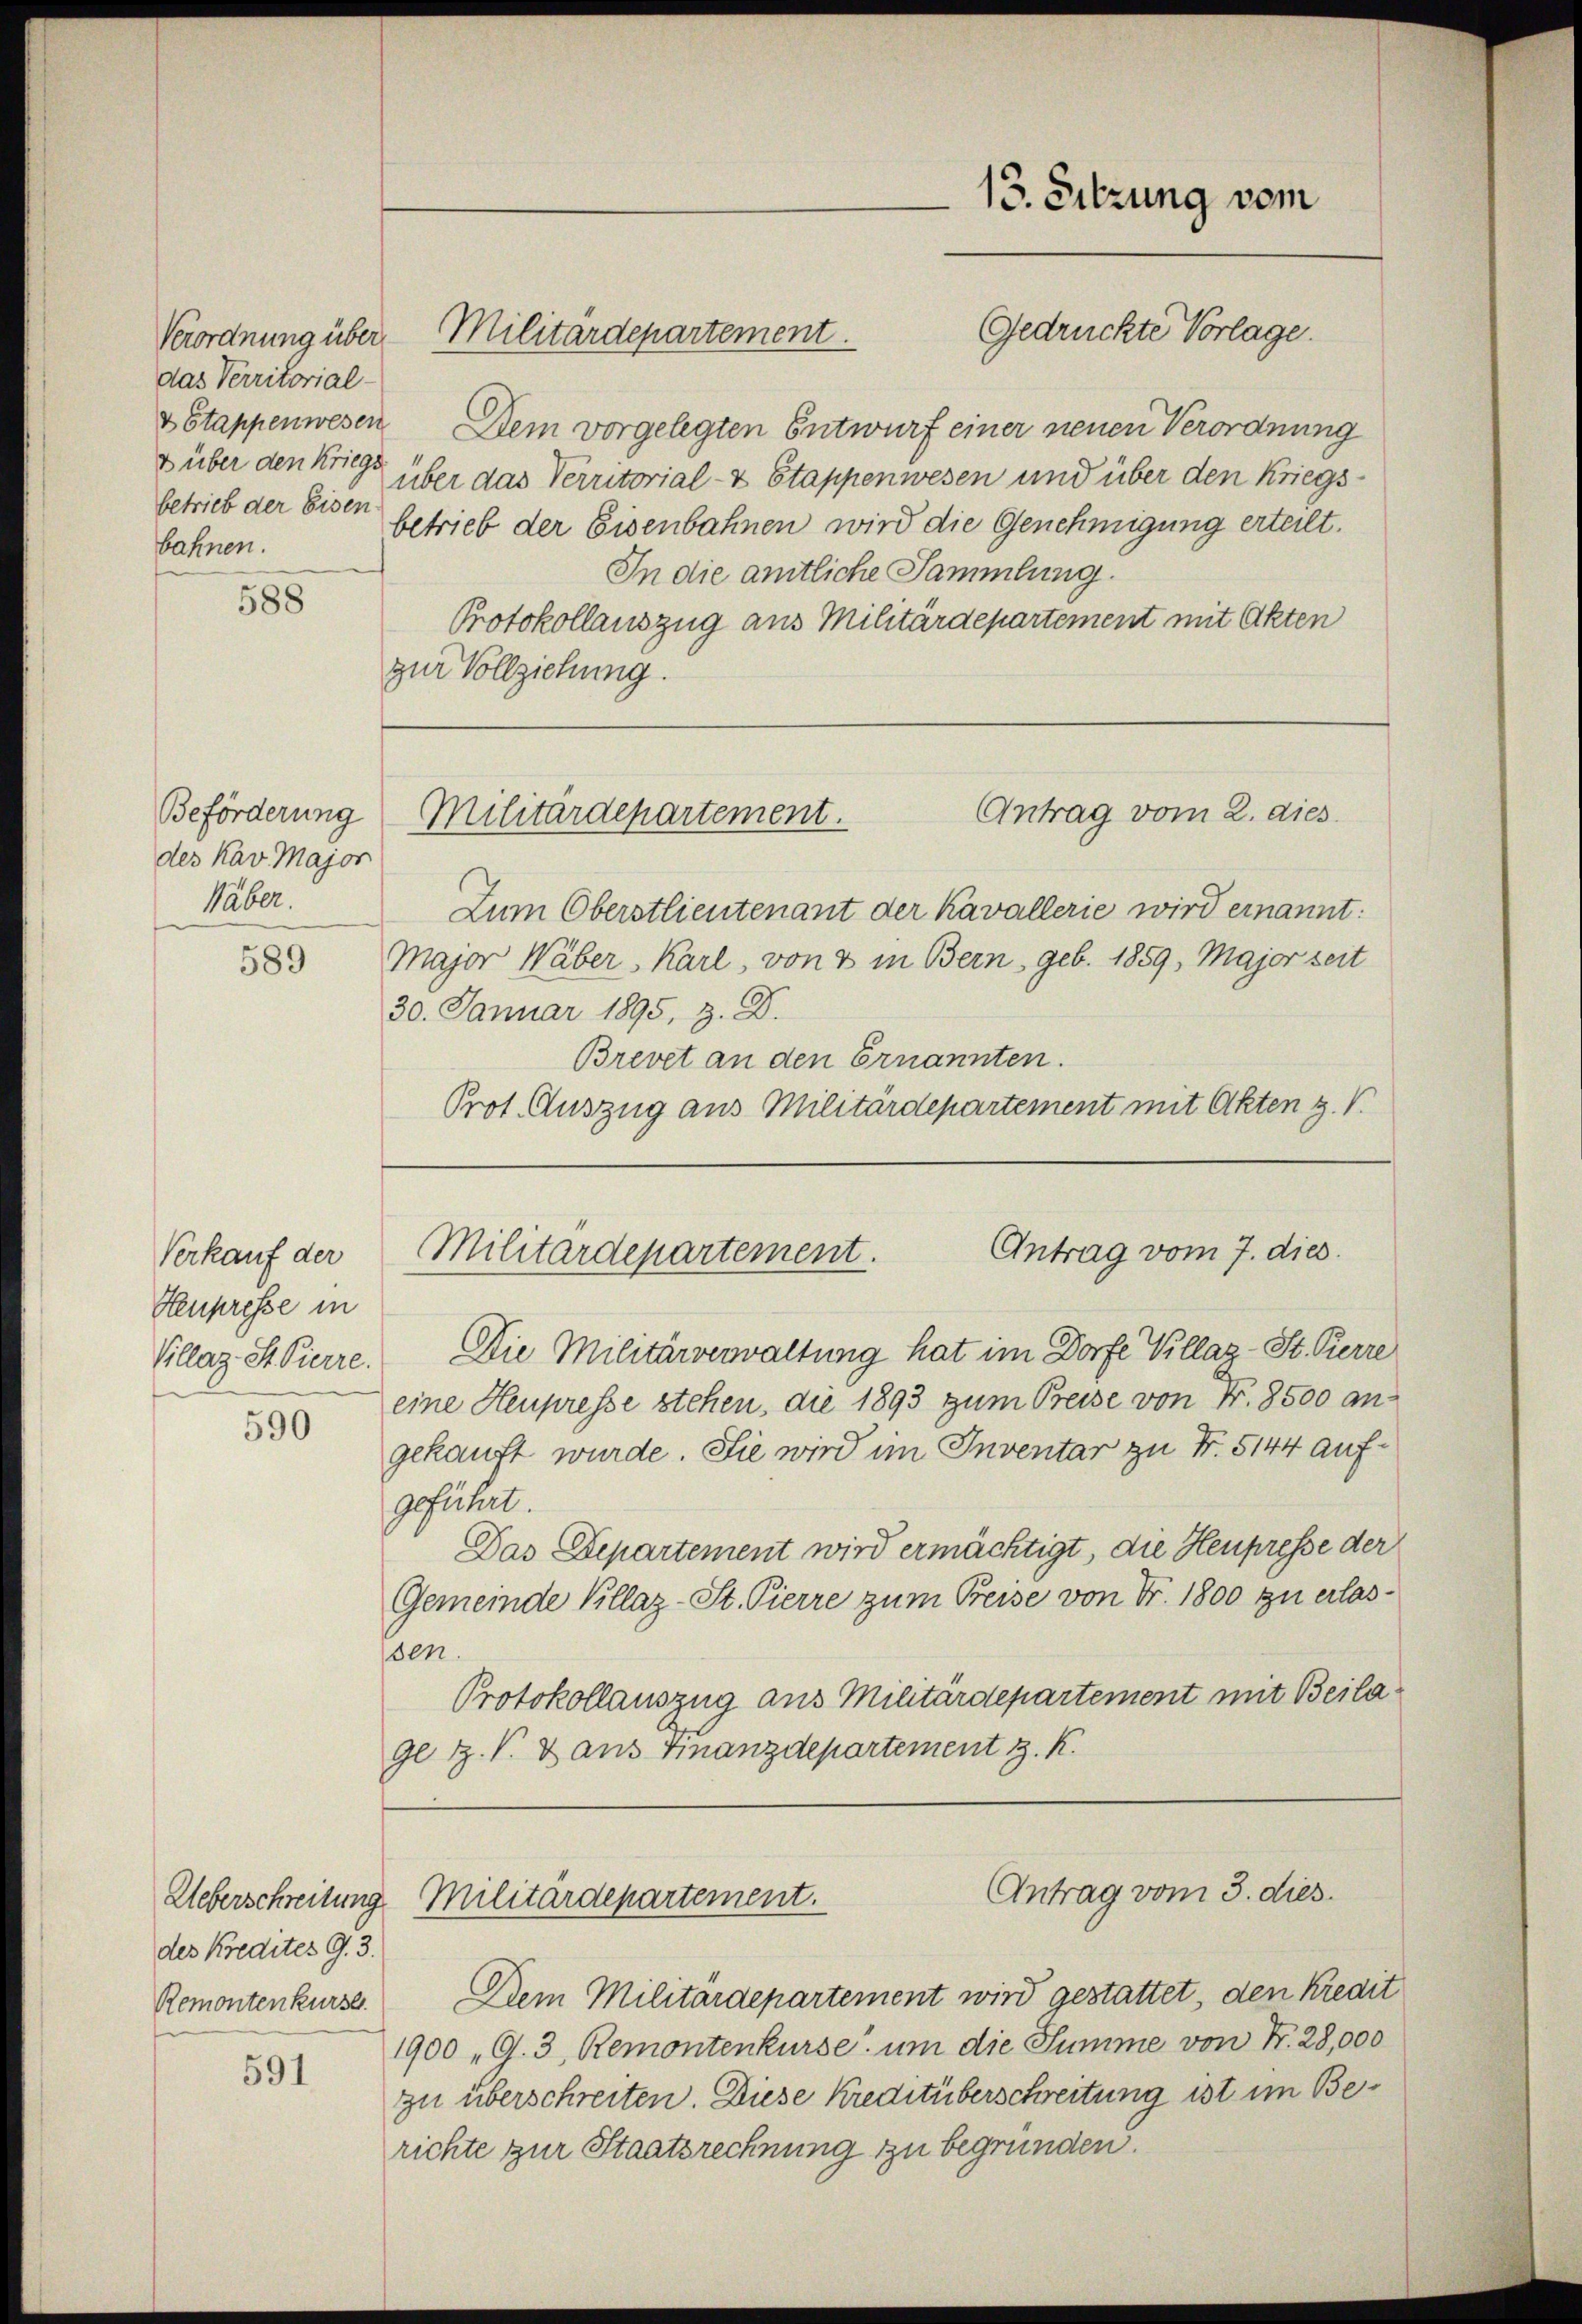
das Verritorial-
& über den Kriegs
betrieb der Eisen.
bahnen.

588

Beförderung
des Kav. Major
Wäber.

589

Verkauf der
Henpresse in
Cillaz. St. Pierre.

590

Ueberschreitung
des Kredites G. 3.
Remontenkurse.

591

v Etappenwesen Dem vorgelegten Entwurf einer neuen Verordnung
über das Verritorial- & Stappenwesen und über den Kriegsbetrieb der Eisenbahnen wird die Genehmigung erteilt.
In die amtliche Sammlung.
Protokollauszug aus Militärdepartement mit Akten
zur Vollziehung.

Verordnung über Militärdepartement.

13. Sitzung vom
Gedrückte Vorlage.

Antrag vom 2. dies
Militärdepartement.

Antrag vom 7. dies
Militärdepartement.

Antrag vom 3. dies
Militärdepartement.

Zum Oberstlieutenant der Kavallerie wird ernannt:
Major Wäber, Karl, von & in Bern geb. 1859. Major seit
30. Januar 1895. H. D.
Brevet an den Ernannten.
Prot. Auszug aus Militärdepartement mit Akten z. V.

Die Militärverwaltung hat im Dorfe Villag-St. Pierre
eine Heupresse stehen, die 1893 zum Preise von Nr. 8500 angekauft wurde. Sie wird im Inventar zu Fr. 5144 aufgeführt.
Das Departement wird ermächtigt, die Heupresse der
Gemeinde Villaz-St. Pierre zum Preise von Fr. 1800 zu erlassen.
Protokollauszug aus Militärdepartement mit Beilage Z. V. Dans Finanzdepartement z. K.

Dem Militärdepartement wird gestattet, den Kredit
1900 „G. 3, Remontenkurse um die Summe von Nr. 28,000
zu überschreiten. Diese Kreditüberschreitung ist im Berichte zur Staatsrechnung zu begründen.